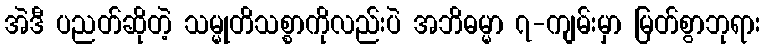
အဲဒီ ပညတ်ဆိုတဲ့ သမ္မုတိသစ္စာကိုလည်းပဲ အဘိဓမ္မာ ၇-ကျမ်းမှာ မြတ်စွာဘုရား